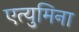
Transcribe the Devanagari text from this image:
एत्‍युमिना